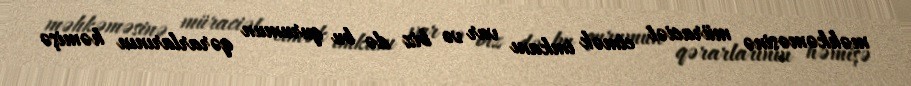
məhkəməsinə müraciət etmək imkanı var və biz də bu qurumun qərarlarının həmişə